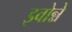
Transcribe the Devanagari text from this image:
इवोन्ने